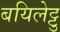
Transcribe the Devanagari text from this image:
बयिलेट्टु